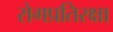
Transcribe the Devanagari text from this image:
रोगप्रतिरक्षा